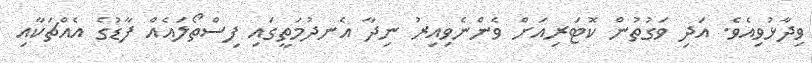
ވިދާޅުވިއެވެ. އަދި ވަގުތުން ކޮޓަރިއަށް ވެންނެވިއިރު ނިދާ އެނދުމަތީގައި ފިސްތޯލައެއް ފާޑުގެ އެއްޗަކާއި